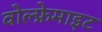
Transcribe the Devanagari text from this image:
वोल्फ्रेमाइट